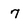
Character: 7